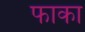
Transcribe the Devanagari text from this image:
फाका